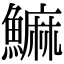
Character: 䲈